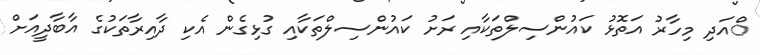
ްއަދި މިހާރު އަތޮޅު ކައުންސިލްތަކާއި ރަށު ކައުންސިލްތަކާއި ގުޅިގެން އެކި ދާއިރާތަކުގެ އާބާދީއަށް